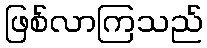
ဖြစ်လာကြသည်